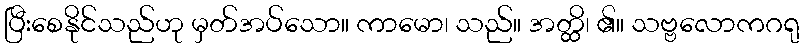
ပြီးစေနိုင်သည်ဟု မှတ်အပ်သော။ ကာမော၊ သည်။ အတ္ထိ၊ ၏။ သဗ္ဗလောကဂရု